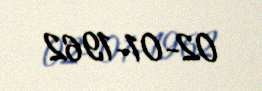
02-01-1962